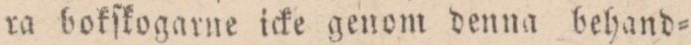
ra bokſkogarne icke genom denna hehand=